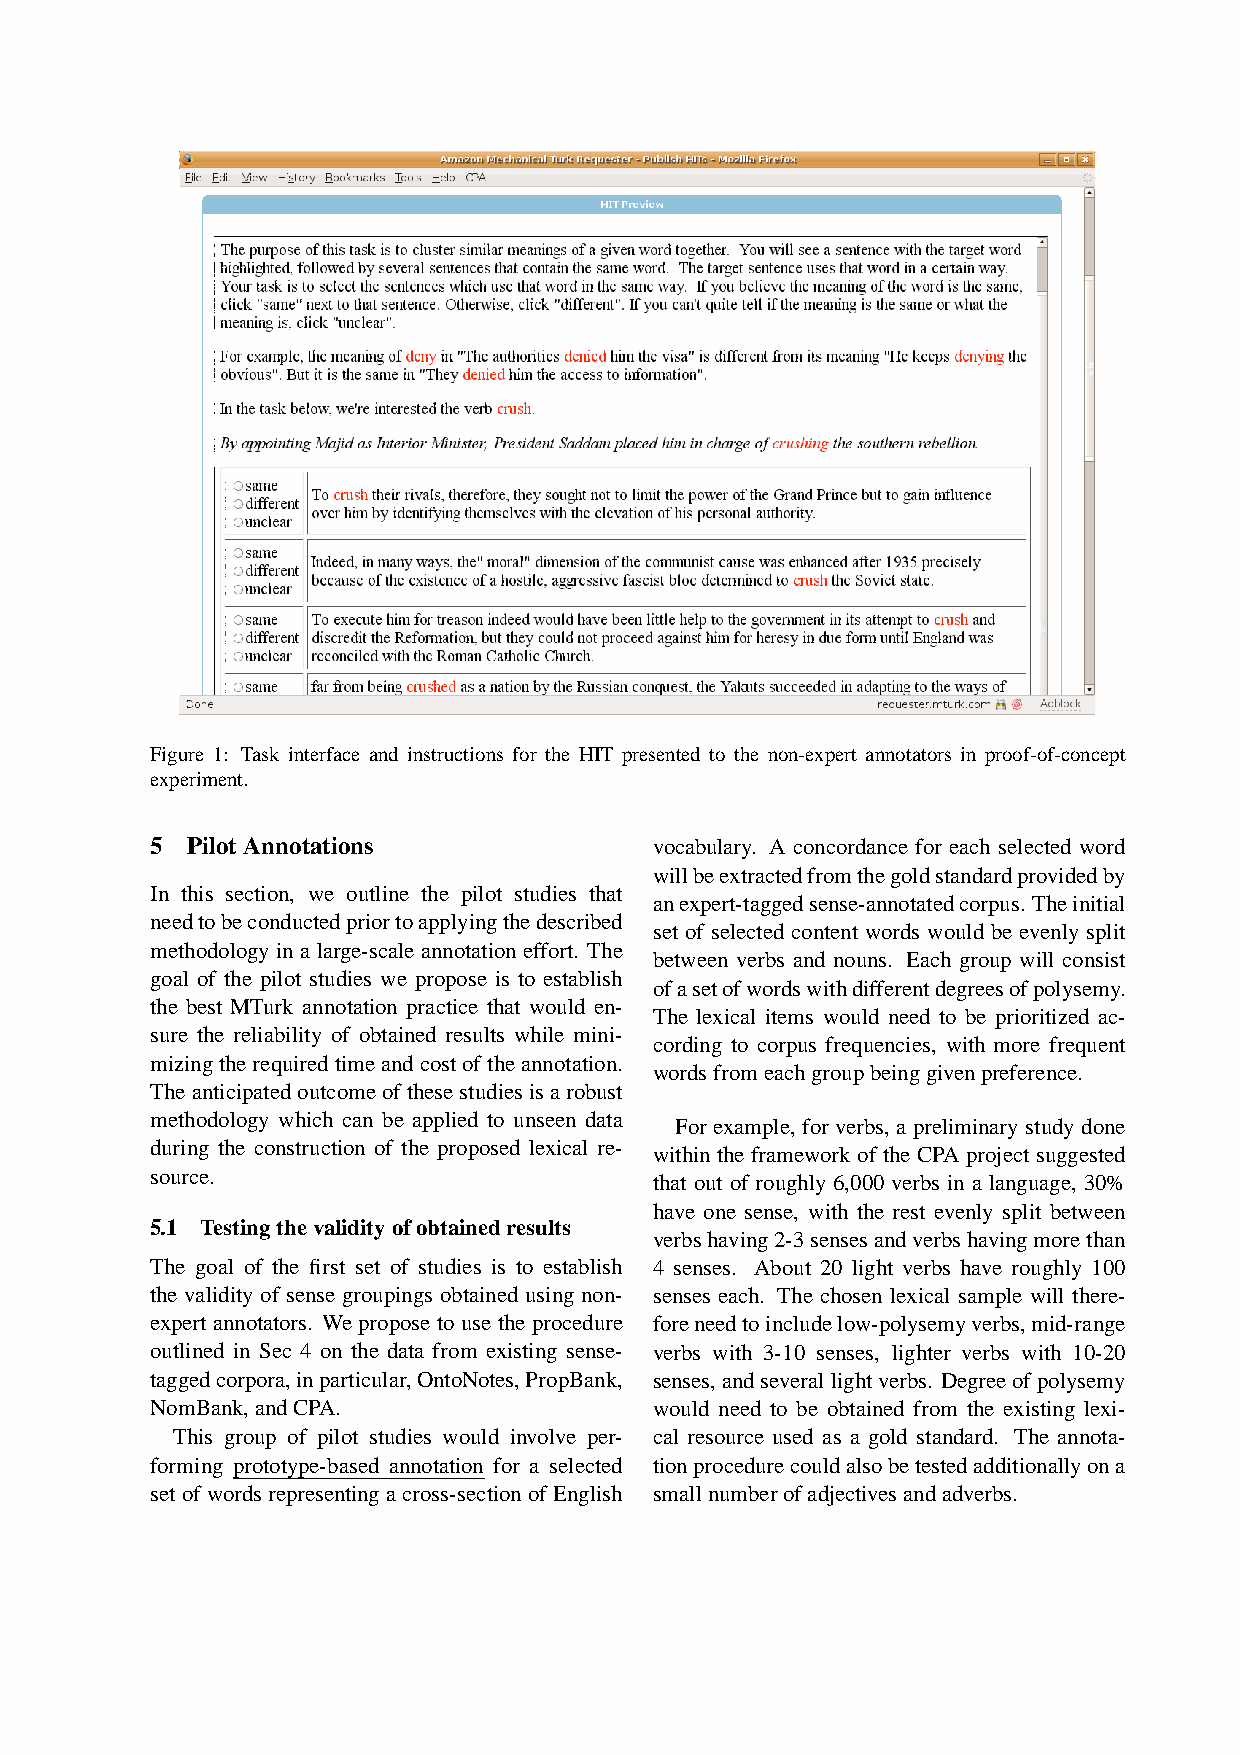
Figure 1: Task interface and instructions for the HIT presented to the non-expert annotators in proof-of-concept
 experiment.
 5 PilotAnnotations               vocabulary. A concordance for each selected word
 willbeextractedfromthegoldstandardprovidedby
 In this section, we outline the pilot studies that
 anexpert-taggedsense-annotatedcorpus. Theinitial
 needtobeconductedpriortoapplyingthedescribed
 set of selected content words would be evenly split
 methodologyinalarge-scaleannotationeffort. The
 between verbs and nouns. Each group will consist
 goal of the pilot studies we propose is to establish
 ofasetofwordswithdifferentdegreesofpolysemy.
 the best MTurk annotation practice that would en-
 The lexical items would need to be prioritized ac-
 sure the reliability of obtained results while mini-
 cording to corpus frequencies, with more frequent
 mizingtherequiredtimeandcostoftheannotation.
 wordsfromeachgroupbeinggivenpreference.
 Theanticipatedoutcomeofthesestudiesisarobust
 methodology which can be applied to unseen data
 For example, for verbs, a preliminary study done
 during the construction of the proposed lexical re-
 within the framework of the CPA project suggested
 source.
 that out of roughly 6,000 verbs in a language, 30%
 have one sense, with the rest evenly split between
 5.1 Testingthevalidityofobtainedresults
 verbshaving2-3sensesandverbshavingmorethan
 The goal of the first set of studies is to establish 4 senses. About 20 light verbs have roughly 100
 the validity of sense groupings obtained using non- senses each. The chosen lexical sample will there-
 expert annotators. We propose to use the procedure foreneedtoincludelow-polysemyverbs,mid-range
 outlined in Sec 4 on the data from existing sense- verbs with 3-10 senses, lighter verbs with 10-20
 taggedcorpora,inparticular,OntoNotes,PropBank, senses,andseverallightverbs. Degreeofpolysemy
 NomBank,andCPA.                  would need to be obtained from the existing lexi-
 This group of pilot studies would involve per- cal resource used as a gold standard. The annota-
 forming prototype-based annotation for a selected tionprocedurecouldalsobetestedadditionallyona
 setofwordsrepresentingacross-sectionofEnglish smallnumberofadjectivesandadverbs.